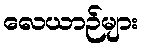
လေယာဉ်များ